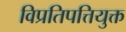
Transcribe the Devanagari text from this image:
विप्रतिपत्तियुक्त